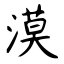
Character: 漠